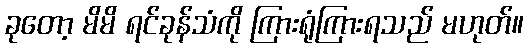
ခုတော့ မိမိ ရင်ခုန်သံကို ကြားရုံကြားရသည် မဟုတ်။